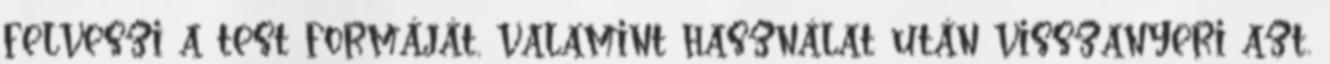
felveszi a test formáját, valamint használat után visszanyeri azt.